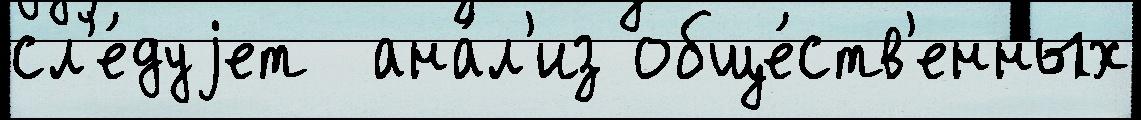
сл'е́дуjет  ана́л'из обще́ств'енных